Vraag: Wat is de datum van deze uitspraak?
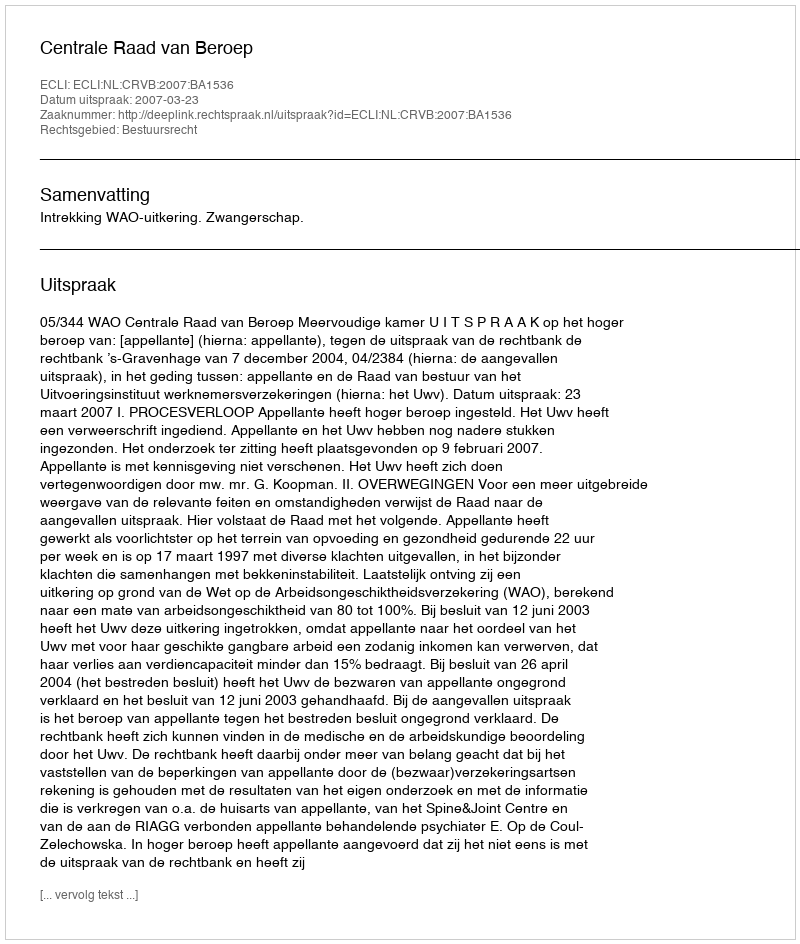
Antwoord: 2007-03-23